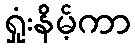
ရှုံးနိမ့်ကာ